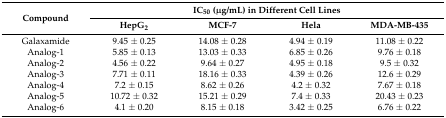
<table><thead><tr><td rowspan="2"><b>Compound</b></td><td colspan="4"><b>IC<sub>50</sub> (μg/mL) in Different Cell Lines</b></td></tr><tr><td><b>HepG<sub>2</sub></b></td><td><b>MCF-7</b></td><td><b>Hela</b></td><td><b>MDA-MB-435</b></td></tr></thead><tbody><tr><td>Galaxamide</td><td>9.45 ± 0.25</td><td>14.08 ± 0.28</td><td>4.94 ± 0.19</td><td>11.08 ± 0.22</td></tr><tr><td>Analog-1</td><td>5.85 ± 0.13</td><td>13.03 ± 0.33</td><td>6.85 ± 0.26</td><td>9.76 ± 0.18</td></tr><tr><td>Analog-2</td><td>4.56 ± 0.22</td><td>9.64 ± 0.27</td><td>4.95 ± 0.18</td><td>9.5 ± 0.32</td></tr><tr><td>Analog-3</td><td>7.71 ± 0.11</td><td>18.16 ± 0.33</td><td>4.39 ± 0.26</td><td>12.6 ± 0.29</td></tr><tr><td>Analog-4</td><td>7.2 ± 0.15</td><td>8.62 ± 0.26</td><td>4.2 ± 0.32</td><td>7.67 ± 0.18</td></tr><tr><td>Analog-5</td><td>10.72 ± 0.32</td><td>15.21 ± 0.29</td><td>7.4 ± 0.33</td><td>20.43 ± 0.23</td></tr><tr><td>Analog-6</td><td>4.1 ± 0.20</td><td>8.15 ± 0.18</td><td>3.42 ± 0.25</td><td>6.76 ± 0.22</td></tr></tbody></table>